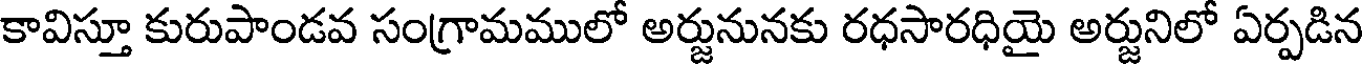
కావిస్తూ కురుపాండవ సంగ్రామములో అర్జునునకు రధసారధియై అర్జునిలో ఏర్పడిన